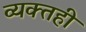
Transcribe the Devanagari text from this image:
व्‍यक्‍तही